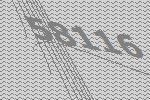
58116